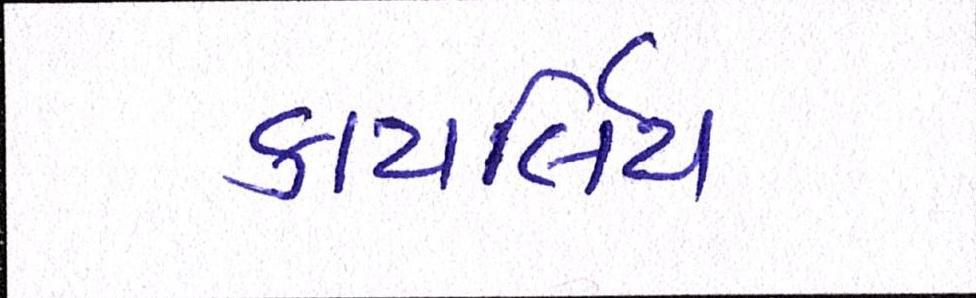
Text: કાયર્લિય